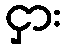
ငှား